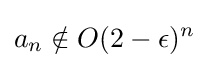
a_{n}\notin O(2-\epsilon )^{n}